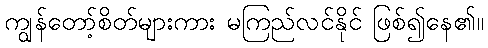
ကျွန်တော့်စိတ်များကား မကြည်လင်နိုင် ဖြစ်၍နေ၏။